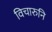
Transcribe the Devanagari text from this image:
विचारुनि